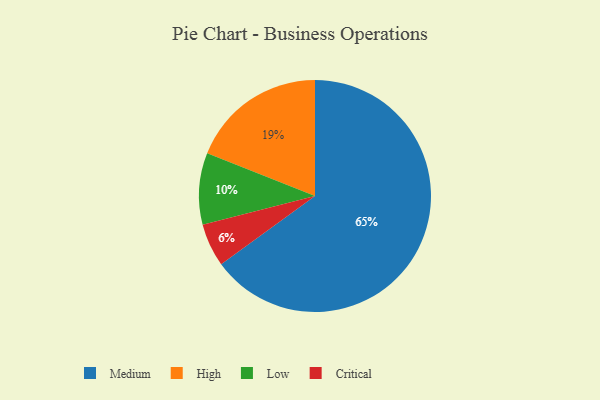
{"axis": {"x": "Category", "y": "Percentage"}, "legend": ["Critical", "High", "Low", "Medium"], "data": [{"x": "Critical", "y": 6, "type": "Critical"}, {"x": "High", "y": 19, "type": "High"}, {"x": "Low", "y": 10, "type": "Low"}, {"x": "Medium", "y": 65, "type": "Medium"}]}